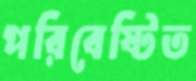
পরিবেষ্টিত